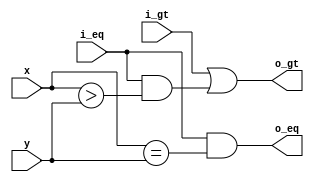
module one_bit_comparator (
    input i_gt,
    input i_eq,
    input x,
    input y,
    output o_gt,
    output o_eq
);
    assign o_gt = i_gt | (i_eq & (x > y));
    assign o_eq = i_eq & (x == y);
endmodule